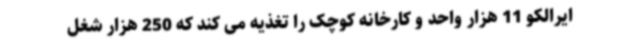
ایرالکو 11 هزار واحد و کارخانه کوچک را تغذیه می کند که 250 هزار شغل